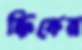
ক্রিকের